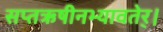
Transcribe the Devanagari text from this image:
सप्तऋषीनभ्यावतेर्।